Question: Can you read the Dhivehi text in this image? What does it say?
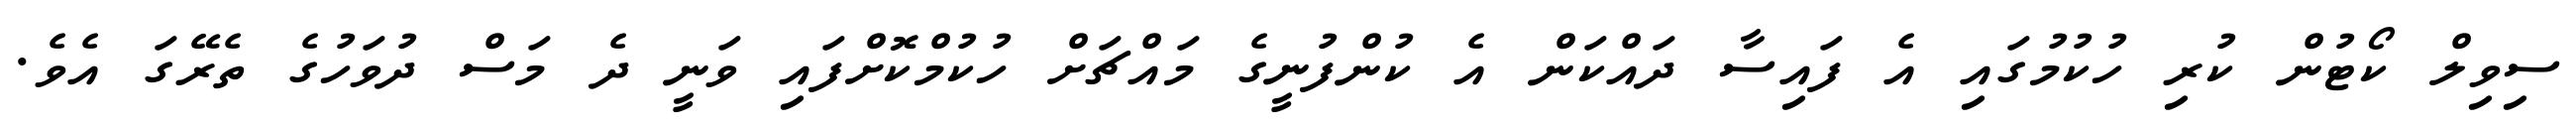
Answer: ސިވިލް ކޯޓުން ކުރި ހުކުމުގައި އެ ފައިސާ ދައްކަން އެ ކުންފުނީގެ މައްޗަށް ހުކުމްކޮށްފައި ވަނީ ދެ މަސް ދުވަހުގެ ތެރޭގަ އެވެ.